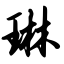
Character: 琳